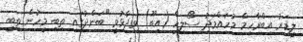
ލީޑަރު އިބްރާހިމް މުހައްމަދު ސޯލިހް (އިބޫ) ވިދާޅުވީ "ބަންދުގައި ތިބި މީހުން ތިބީ